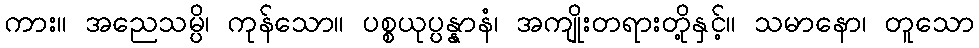
ကား။ အညေသမ္ပိ၊ ကုန်သော။ ပစ္စယုပ္ပန္နာနံ၊ အကျိုးတရားတို့နှင့်။ သမာနော၊ တူသော